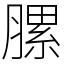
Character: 䐯